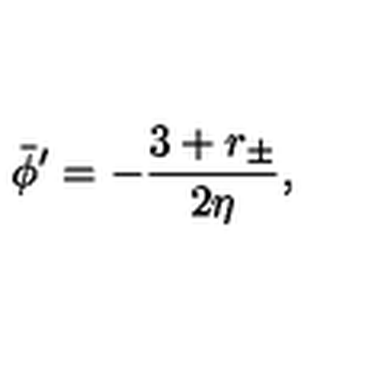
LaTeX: \bar { \phi } ^ { \prime } = - { \frac { 3 + r _ { \pm } } { 2 \eta } } ,